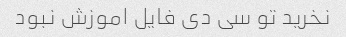
نخرید تو سی دی فایل اموزش نبود